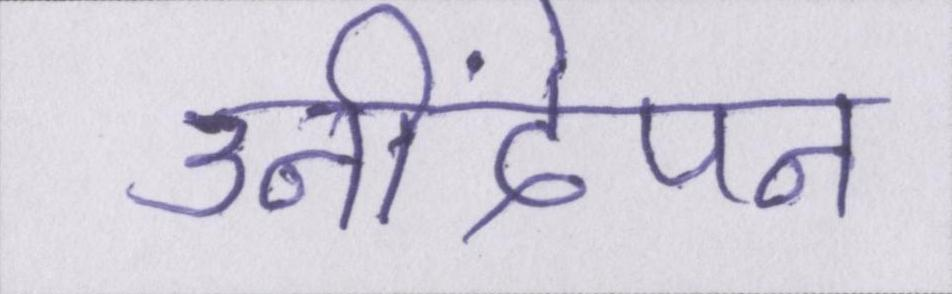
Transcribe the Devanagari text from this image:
उनींदेपन